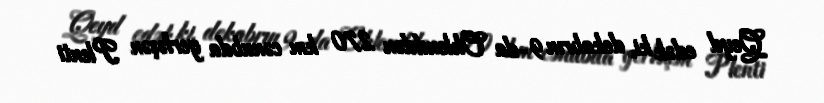
Qeyd edək ki, dekabrın 9-da Oklenddən 270 km cənubda yerləşən Plenti